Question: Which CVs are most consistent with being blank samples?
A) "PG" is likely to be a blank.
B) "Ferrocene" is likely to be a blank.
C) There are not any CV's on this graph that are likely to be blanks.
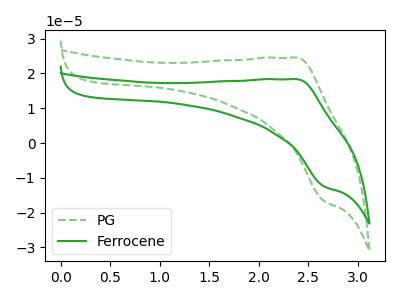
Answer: <think>The green dashed curve "PG" has an anodic peak at (2.40V, 24.55uA) and a cathodic peak at (2.65V, -16.65uA). The green curve "Ferrocene" has an anodic peak at (2.40V, 18.35uA) and a cathodic peak at (2.65V, -12.45uA).</think>
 <answer>C) There are not any CV's on this graph that are likely to be blanks.</answer>
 <eval>C</eval>